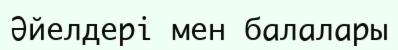
Әйелдері мен балалары